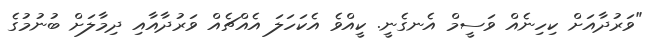
"ވަރުދާއަށް ކިހިނެއް ވަސީމް އެނގެނީ. ކީއްވެ އެކަހަލަ އެއްޗެއް ވަރުދާއާއި ދިމާލަށް ބުނުމުގެ